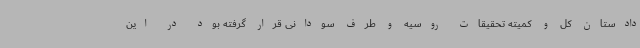
دادستان کل و کمیته تحقیقات روسیه و طرف سودانی قرار گرفته بود در این